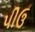
પીઉ